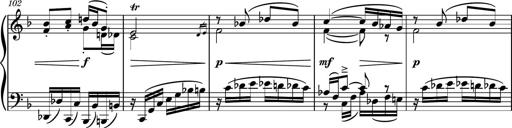
Title: Piano Sonatina No.8
Composer: Dimitri Sykias
Key: F major